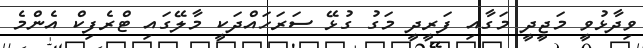
ވިދާޅުވީ މަޖީދީ މަގާއި ފަރީދީ މަގު ގުޅޭ ސަރަހައްދަކީ މާލޭގައި ޓްރެފިކް އެންމެ